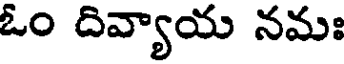
ఓం దివ్యాయ నమః